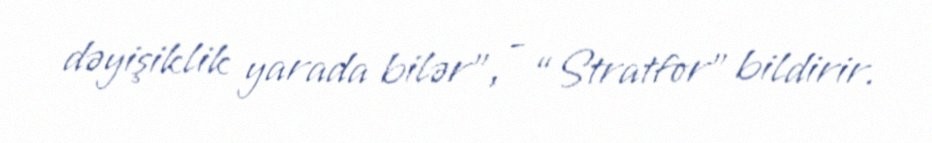
dəyişiklik yarada bilər”, - “Stratfor” bildirir.